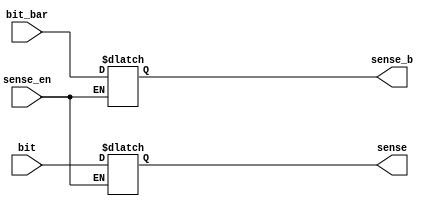
//Verilog HDL for "sram_logic", "sense_amp_clocked_compiler" "functional"
//Manu Rathore


module sense_amp_clocked_compiler ( sense, sense_b, bit, bit_bar, sense_en );


  input sense_en;
  output reg sense_b;
  output reg sense;
  input bit;
  input bit_bar;

  always @ (sense_en or bit) begin
    if (!sense_en) begin
		sense <= bit;
		sense_b <= bit_bar;
	end
  end

endmodule